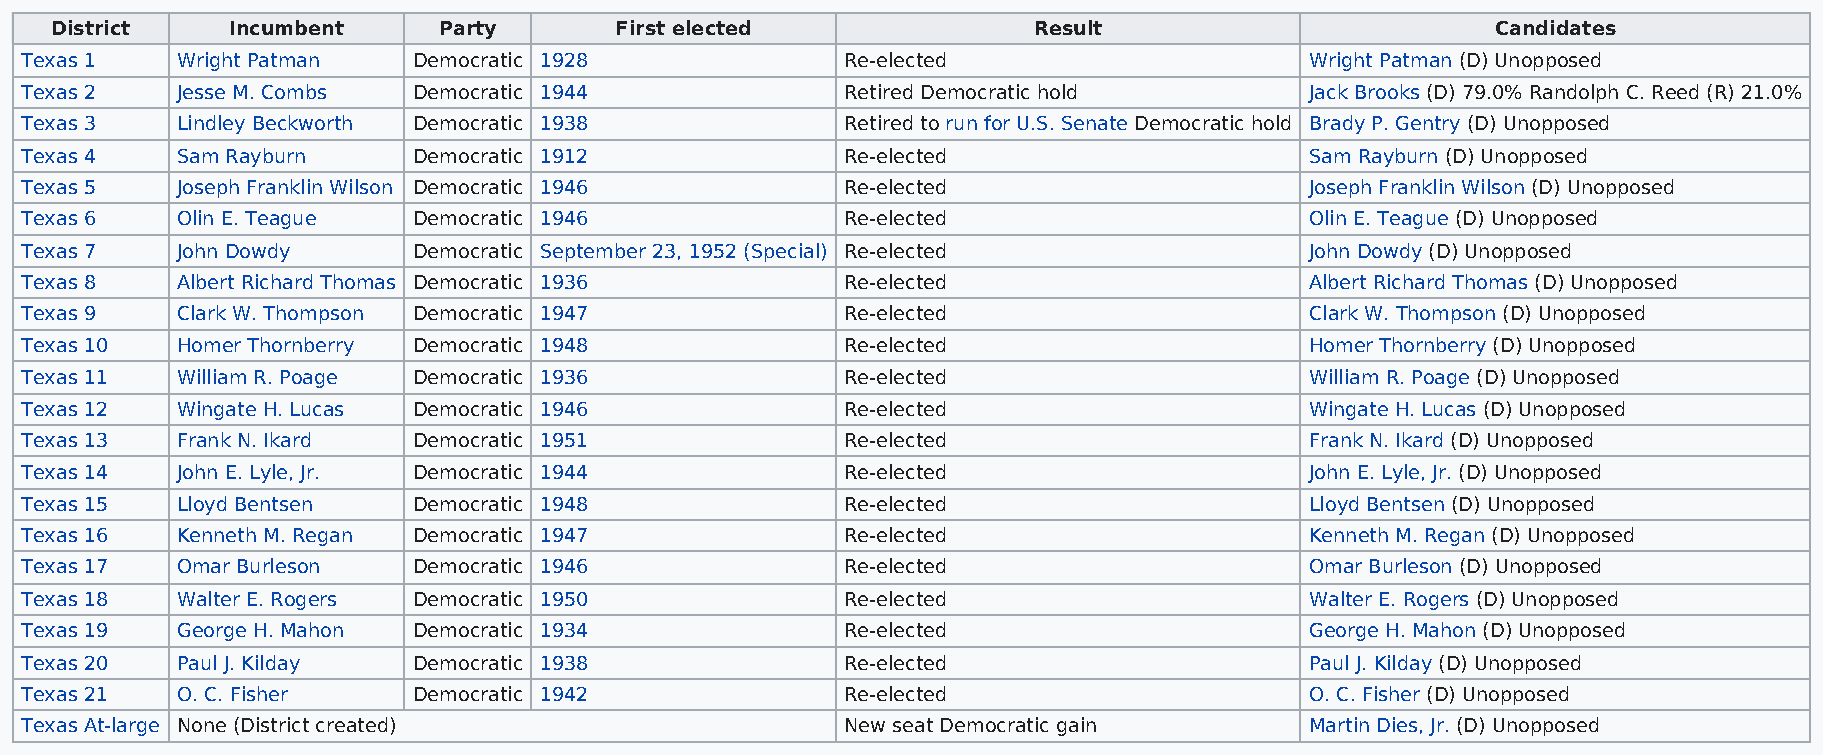
District    Incumbent     Party       First elected              Result                         Candidates
 Texas 1    Wright Patman  Democratic 1928              Re-elected                     Wright Patman (D) Unopposed
 Texas 2    Jesse M. Combs Democratic 1944              Retired Democratic hold        Jack Brooks (D) 79.0% Randolph C. Reed (R) 21.0%
 Texas 3    Lindley Beckworth Democratic 1938           Retired to run for U.S. Senate Democratic hold Brady P. Gentry (D) Unopposed
 Texas 4    Sam Rayburn    Democratic 1912              Re-elected                     Sam Rayburn (D) Unopposed
 Texas 5    Joseph Franklin Wilson Democratic 1946      Re-elected                     Joseph Franklin Wilson (D) Unopposed
 Texas 6    Olin E. Teague Democratic 1946              Re-elected                     Olin E. Teague (D) Unopposed
 Texas 7    John Dowdy     Democratic September 23, 1952 (Special) Re-elected          John Dowdy (D) Unopposed
 Texas 8    Albert Richard Thomas Democratic 1936       Re-elected                     Albert Richard Thomas (D) Unopposed
 Texas 9    Clark W. Thompson Democratic 1947           Re-elected                     Clark W. Thompson (D) Unopposed
 Texas 10   Homer Thornberry Democratic 1948            Re-elected                     Homer Thornberry (D) Unopposed
 Texas 11   William R. Poage Democratic 1936            Re-elected                     William R. Poage (D) Unopposed
 Texas 12   Wingate H. Lucas Democratic 1946            Re-elected                     Wingate H. Lucas (D) Unopposed
 Texas 13   Frank N. Ikard Democratic 1951              Re-elected                     Frank N. Ikard (D) Unopposed
 Texas 14   John E. Lyle, Jr. Democratic 1944           Re-elected                     John E. Lyle, Jr. (D) Unopposed
 Texas 15   Lloyd Bentsen  Democratic 1948              Re-elected                     Lloyd Bentsen (D) Unopposed
 Texas 16   Kenneth M. Regan Democratic 1947            Re-elected                     Kenneth M. Regan (D) Unopposed
 Texas 17   Omar Burleson  Democratic 1946              Re-elected                     Omar Burleson (D) Unopposed
 Texas 18   Walter E. Rogers Democratic 1950            Re-elected                     Walter E. Rogers (D) Unopposed
 Texas 19   George H. Mahon Democratic 1934             Re-elected                     George H. Mahon (D) Unopposed
 Texas 20   Paul J. Kilday Democratic 1938              Re-elected                     Paul J. Kilday (D) Unopposed
 Texas 21   O. C. Fisher   Democratic 1942              Re-elected                     O. C. Fisher (D) Unopposed
 Texas At-large None (District created)                 New seat Democratic gain       Martin Dies, Jr. (D) Unopposed